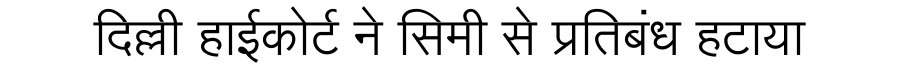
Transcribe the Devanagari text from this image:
दिल्ली हाईकोर्ट ने सिमी से प्रतिबंध हटाया